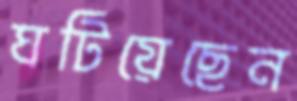
ঘটিয়েছেন